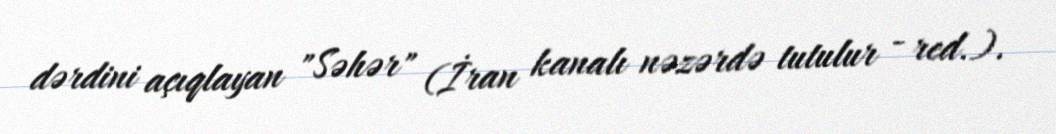
dərdini açıqlayan "Səhər" (İran kanalı nəzərdə tutulur - red.).